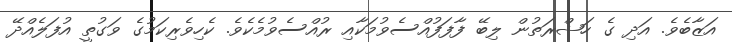
އަޒާބެވެ. އަދި ގެ ހަޟްރަތުން ލިބޭ ފާފަފުއްސެވުމަކާއި ރުއްސެވުމެކެވެ. ކެހިވެރިކަމުގެ ވަގުތީ އުފަލެއްދޭ